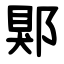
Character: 郹